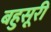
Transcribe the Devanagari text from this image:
बहुसूरी